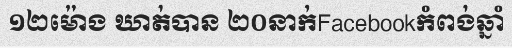
១២ម៉ោង ឃាត់បាន ២០នាក់Facebookកំពង់ឆ្នាំ